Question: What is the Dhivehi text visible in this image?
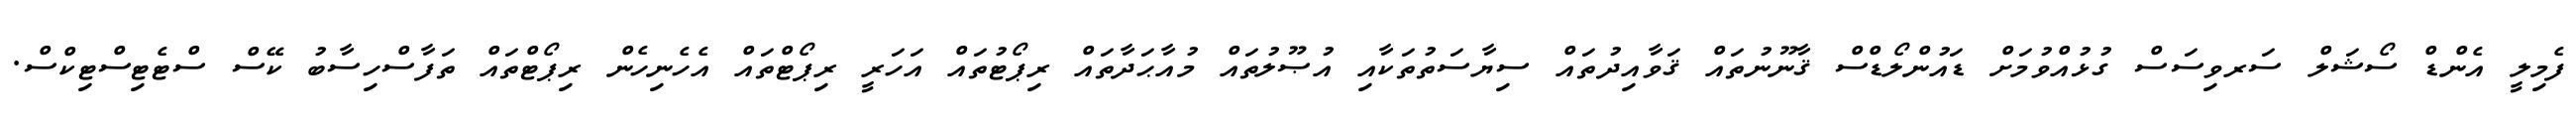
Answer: ފެމިލީ އެންޑް ސޯޝަލް ސަރވިސަސް ގުޅުއްވުމަށް ޑައުންލޯޑްސް ޤާނޫނުތައް ޤަވާއިދުތައް ސިޔާސަތުތަކާއި އުޞޫލުތައް މުއާޙަދާތައް ރިޕޯޓުތައް އަހަރީ ރިޕޯޓްތައް އެހެނިހެން ރިޕޯޓްތައް ތަފާސްހިސާބު ކޭސް ސްޓެޓިސްޓިކްސް.